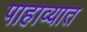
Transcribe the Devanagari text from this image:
पाहाव्यात